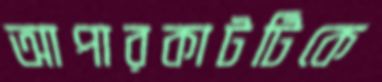
আপারকাটটিকে